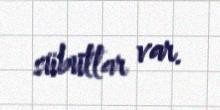
sübutlar var.